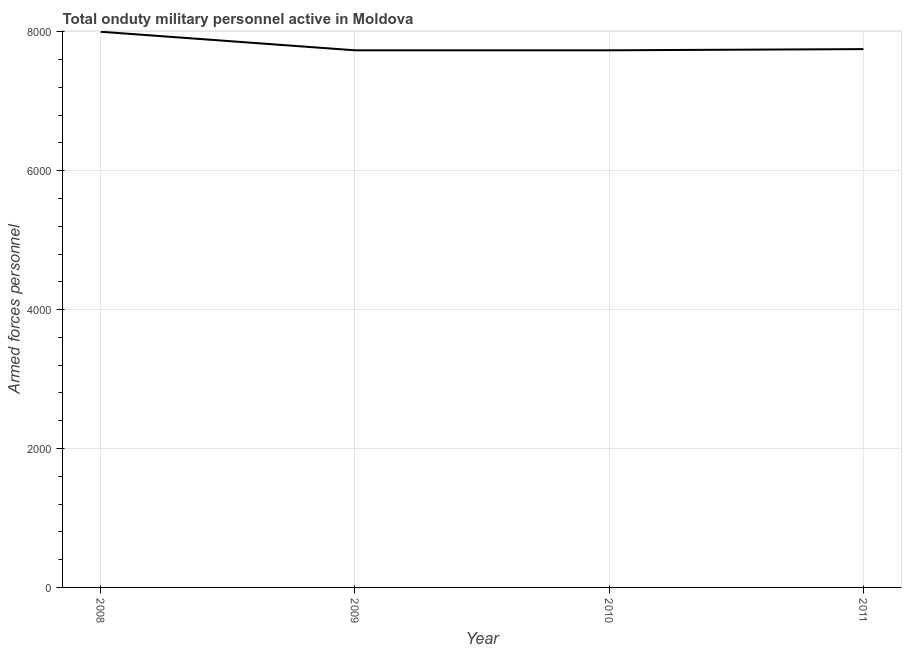
| Year | Armed forces personnel |
 | --- | --- |
 | 2008 | 8e+03 |
 | 2009 | 7.73e+03 |
 | 2010 | 7.73e+03 |
 | 2011 | 7.75e+03 |